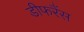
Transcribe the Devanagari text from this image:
डीफरैंस